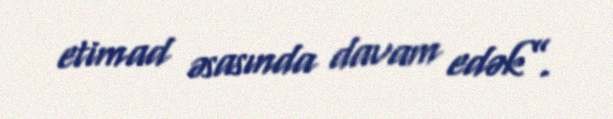
etimad əsasında davam edək”.